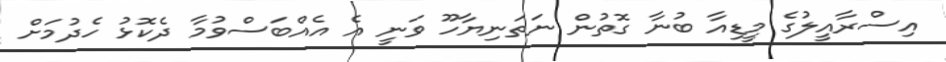
އިސްރާއީލުގެ މީޑިއާ ބުނާ ގޮތުން ނަތަނިޔާހޫ ވަނީ އެ އެއްބަސްވުމާ ދެކޮޅު ހެދުމަށް